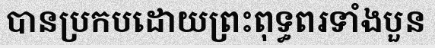
បានប្រកបដោយព្រះពុទ្ធពរទាំងបួន